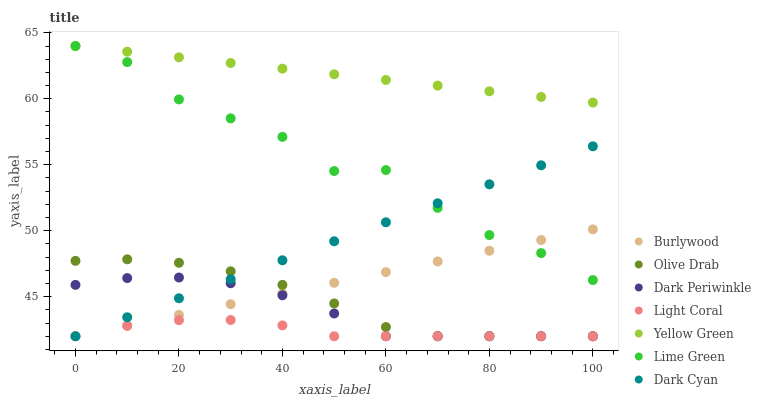
| xaxis_label | Burlywood | Olive Drab | Dark Periwinkle | Light Coral | Yellow Green | Lime Green | Dark Cyan |
 | --- | --- | --- | --- | --- | --- | --- | --- |
 | 0 | 42 | 47.7 | 45.9 | 42 | 64 | 64 | 42 |
 | 10 | 42.8 | 47.8 | 46.4 | 42.8 | 63.6 | 62.8 | 43.4 |
 | 20 | 43.6 | 47.6 | 46.5 | 43.2 | 63.1 | 60 | 44.9 |
 | 30 | 44.4 | 46.9 | 46 | 43.2 | 62.7 | 58.5 | 46.3 |
 | 40 | 45.2 | 45.9 | 45.1 | 42.8 | 62.3 | 57.1 | 47.8 |
 | 50 | 46.1 | 44.5 | 43.7 | 42 | 61.9 | 54.5 | 49.2 |
 | 60 | 46.9 | 42.7 | 42 | 42 | 61.4 | 54.6 | 50.6 |
 | 70 | 47.7 | 42 | 42 | 42 | 61 | 51.7 | 52.1 |
 | 80 | 48.5 | 42 | 42 | 42 | 60.6 | 49.7 | 53.5 |
 | 90 | 49.3 | 42 | 42 | 42 | 60.1 | 48.3 | 55 |
 | 100 | 50.1 | 42 | 42 | 42 | 59.7 | 46.3 | 56.4 |